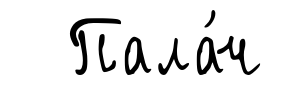
Пала́ч